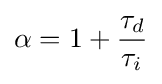
\alpha =1+{\frac {\tau _{d}}{\tau _{i}}}